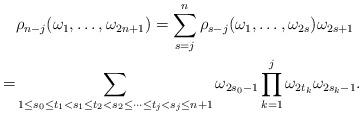
LaTeX: \begin{align*} &\rho_{n-j}(\omega_1,\ldots,\omega_{2n+1})=\sum_{s=j}^n\rho_{s-j}(\omega_1,\ldots,\omega_{2s})\omega_{2s+1}\\ =&\sum_{1\leq s_0\leq t_1< s_1\leq t_2<s_2\leq \cdots \leq t_j< s_j\leq n+1} \omega_{2s_0-1}\prod_{k=1}^j\omega_{2t_k}\omega_{2s_k-1}. \end{align*}